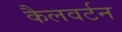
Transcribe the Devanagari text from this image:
कैलवर्टन